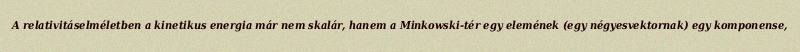
A relativitáselméletben a kinetikus energia már nem skalár, hanem a Minkowski-tér egy elemének (egy négyesvektornak) egy komponense,